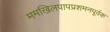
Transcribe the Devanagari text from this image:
ममखिलपापप्रशमनपूर्वक